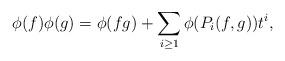
LaTeX: \begin{align*}\phi(f)\phi(g) = \phi(fg) + \sum_{i\geq 1}\phi(P_i(f,g))t^i,\end{align*}